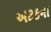
અટકના